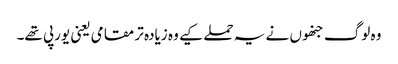
وہ لوگ جنھوں نے یہ حملے کیے وہ زیادہ تر مقامی یعنی یورپی تھے۔